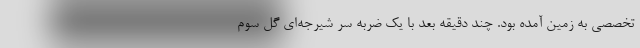
تخصصی به زمین آمده بود. چند دقیقه بعد با یک ضربه سر شیرجه‌ای گل سوم